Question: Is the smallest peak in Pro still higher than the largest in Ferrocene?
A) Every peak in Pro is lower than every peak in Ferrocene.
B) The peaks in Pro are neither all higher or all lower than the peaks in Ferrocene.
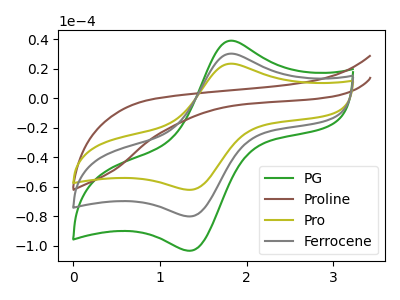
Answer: <think>The green curve "PG" has an anodic peak at (1.80V, 60.40uA) and a cathodic peak at (1.35V, -160.10uA). The brown curve "Proline" has no peaks. The olive curve "Pro" has an anodic peak at (1.80V, 23.40uA) and a cathodic peak at (1.35V, -62.05uA). The gray curve "Ferrocene" has an anodic peak at (1.80V, 30.20uA) and a cathodic peak at (1.35V, -80.05uA).</think>
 <answer>A) Every peak in "Pro" is lower than every peak in "Ferrocene".</answer>
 <eval>A</eval>